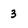
Character: 3